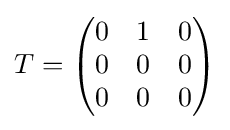
T={\begin{pmatrix}0&1&0\\0&0&0\\0&0&0\end{pmatrix}}